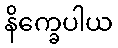
နိက္ခေပါယ